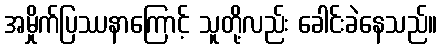
အမှိုက်ပြဿနာကြောင့် သူတို့လည်း ခေါင်းခဲနေသည်။